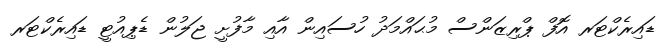
ޑައިރެކްޓަރ އޮފް ޕްރިޒަންސް މުޙައްމަދު ހުސައިން އާއި މާފުށީ ޖަލުން ޑެޕިއުޓީ ޑައިރެކްޓަރ